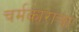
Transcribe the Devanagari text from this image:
चर्मकाराचा